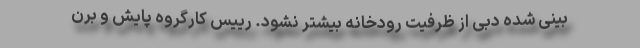
بینی شده دبی از ظرفیت رودخانه بیشتر نشود. رییس کارگروه پایش و برن